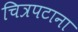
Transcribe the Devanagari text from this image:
चित्रपटाना